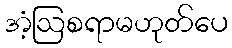
အံ့ဩစရာမဟုတ်ပေ